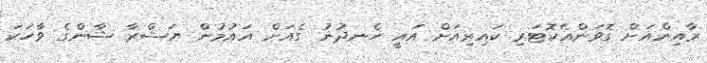
ރާއިންއަށް ގޮވަންއެކޮޓަރި ކައިރިއަށް އައީ ހެނދުނު ގެއަށް އައުމުން ޔަޝްރާ ޝާންގެ ވާހަކަ